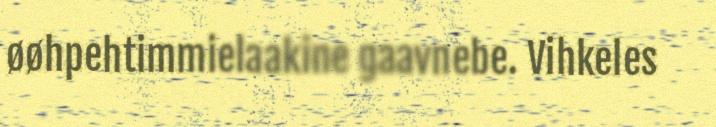
øøhpehtimmielaakine gaavnebe. Vihkeles